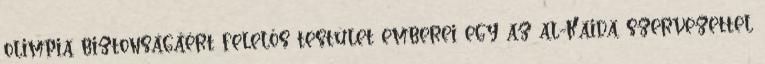
olimpia biztonságáért felelős testület emberei egy az al-Kaida szervezettel